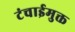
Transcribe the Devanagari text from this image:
टंचाईमुक्त